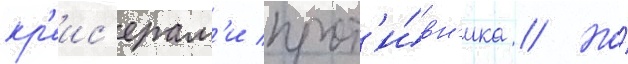
кр'еис'ерам'и прот'и́вн'ика // Но́